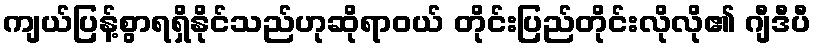
ကျယ်ပြန့်စွာရရှိနိုင်သည်ဟုဆိုရာဝယ် တိုင်းပြည်တိုင်းလိုလို၏ ဂျီဒီပီ